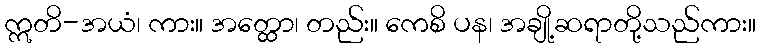
ဣတိ-အယံ၊ ကား။ အတ္ထော၊ တည်း။ ကေစိ ပန၊ အချို့ဆရာတို့သည်ကား။